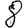
Digit: 8